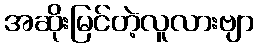
အဆိုးမြင်တဲ့လူလားဗျာ